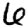
Digit: 6